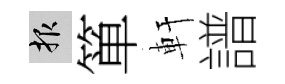
報箪軒譜